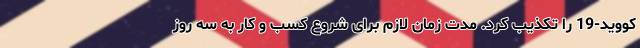
کووید-19 را تکذیب کرد. مدت زمان لازم برای شروع کسب و کار به سه روز